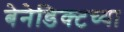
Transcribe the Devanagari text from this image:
बेनेडिक्टच्या